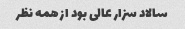
سالاد سزار عالی بود از همه نظر